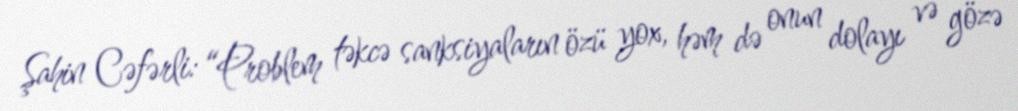
Şahin Cəfərli: “Problem təkcə sanksiyaların özü yox, həm də onun dolayı və gözə